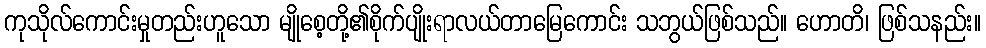
ကုသိုလ်ကောင်းမှုတည်းဟူသော မျိုစေ့တို့၏စိုက်ပျိုးရာလယ်တာမြေကောင်း သဘွယ်ဖြစ်သည်။ ဟောတိ၊ ဖြစ်သနည်း။